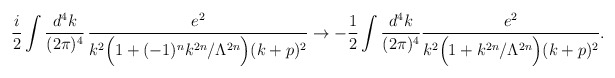
\begin{align*}\frac{i}{2}\int \frac{d^4k}{(2\pi)^4}\,\frac{e^2}{k^2 \Big(1 + (-1)^n k^{2n}/\Lambda^{2n}\Big) (k+p)^2}\to- \frac{1}{2}\int \frac{d^4k}{(2\pi)^4}\frac{e^2}{k^2 \Big(1 + k^{2n}/\Lambda^{2n}\Big) (k+p)^2}.\end{align*}